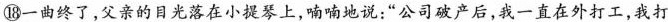
⑱一曲终了，父亲的日光落在小提琴上，喃喃地说：“公司破产后，我一直在外打工，我打